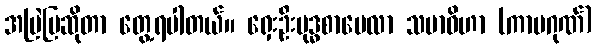
အမြဲပြဆိုတာ တွေ့ရပါတယ်။ ရှေးဦးဗုဒ္ဓစာပေလာ သမာဓိဟာ (ကာမဂုဏ်)